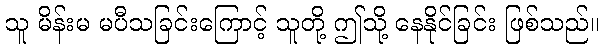
သူ မိန်းမ မပီသခြင်းကြောင့် သူတို့ ဤသို့ နေနိုင်ခြင်း ဖြစ်သည်။